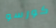
كورسو